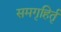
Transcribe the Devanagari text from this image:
समगृहिर्तृ